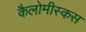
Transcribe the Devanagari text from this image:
कैलोमीस्कस